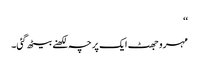
‘‘
مہرو جھٹ ایک پرچہ لکھنے بیٹھ گئی۔